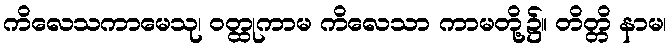
ကိလေသကာမေသု၊ ဝတ္ထုကာမ ကိလေသာ ကာမတို့၌။ တိတ္တိ နာမ၊